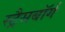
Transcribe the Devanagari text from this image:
स्ट्रैसबॉर्ग